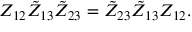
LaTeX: Z _ { 1 2 } \tilde { Z } _ { 1 3 } \tilde { Z } _ { 2 3 } = \tilde { Z } _ { 2 3 } \tilde { Z } _ { 1 3 } Z _ { 1 2 } .